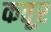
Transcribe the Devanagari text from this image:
कतूर